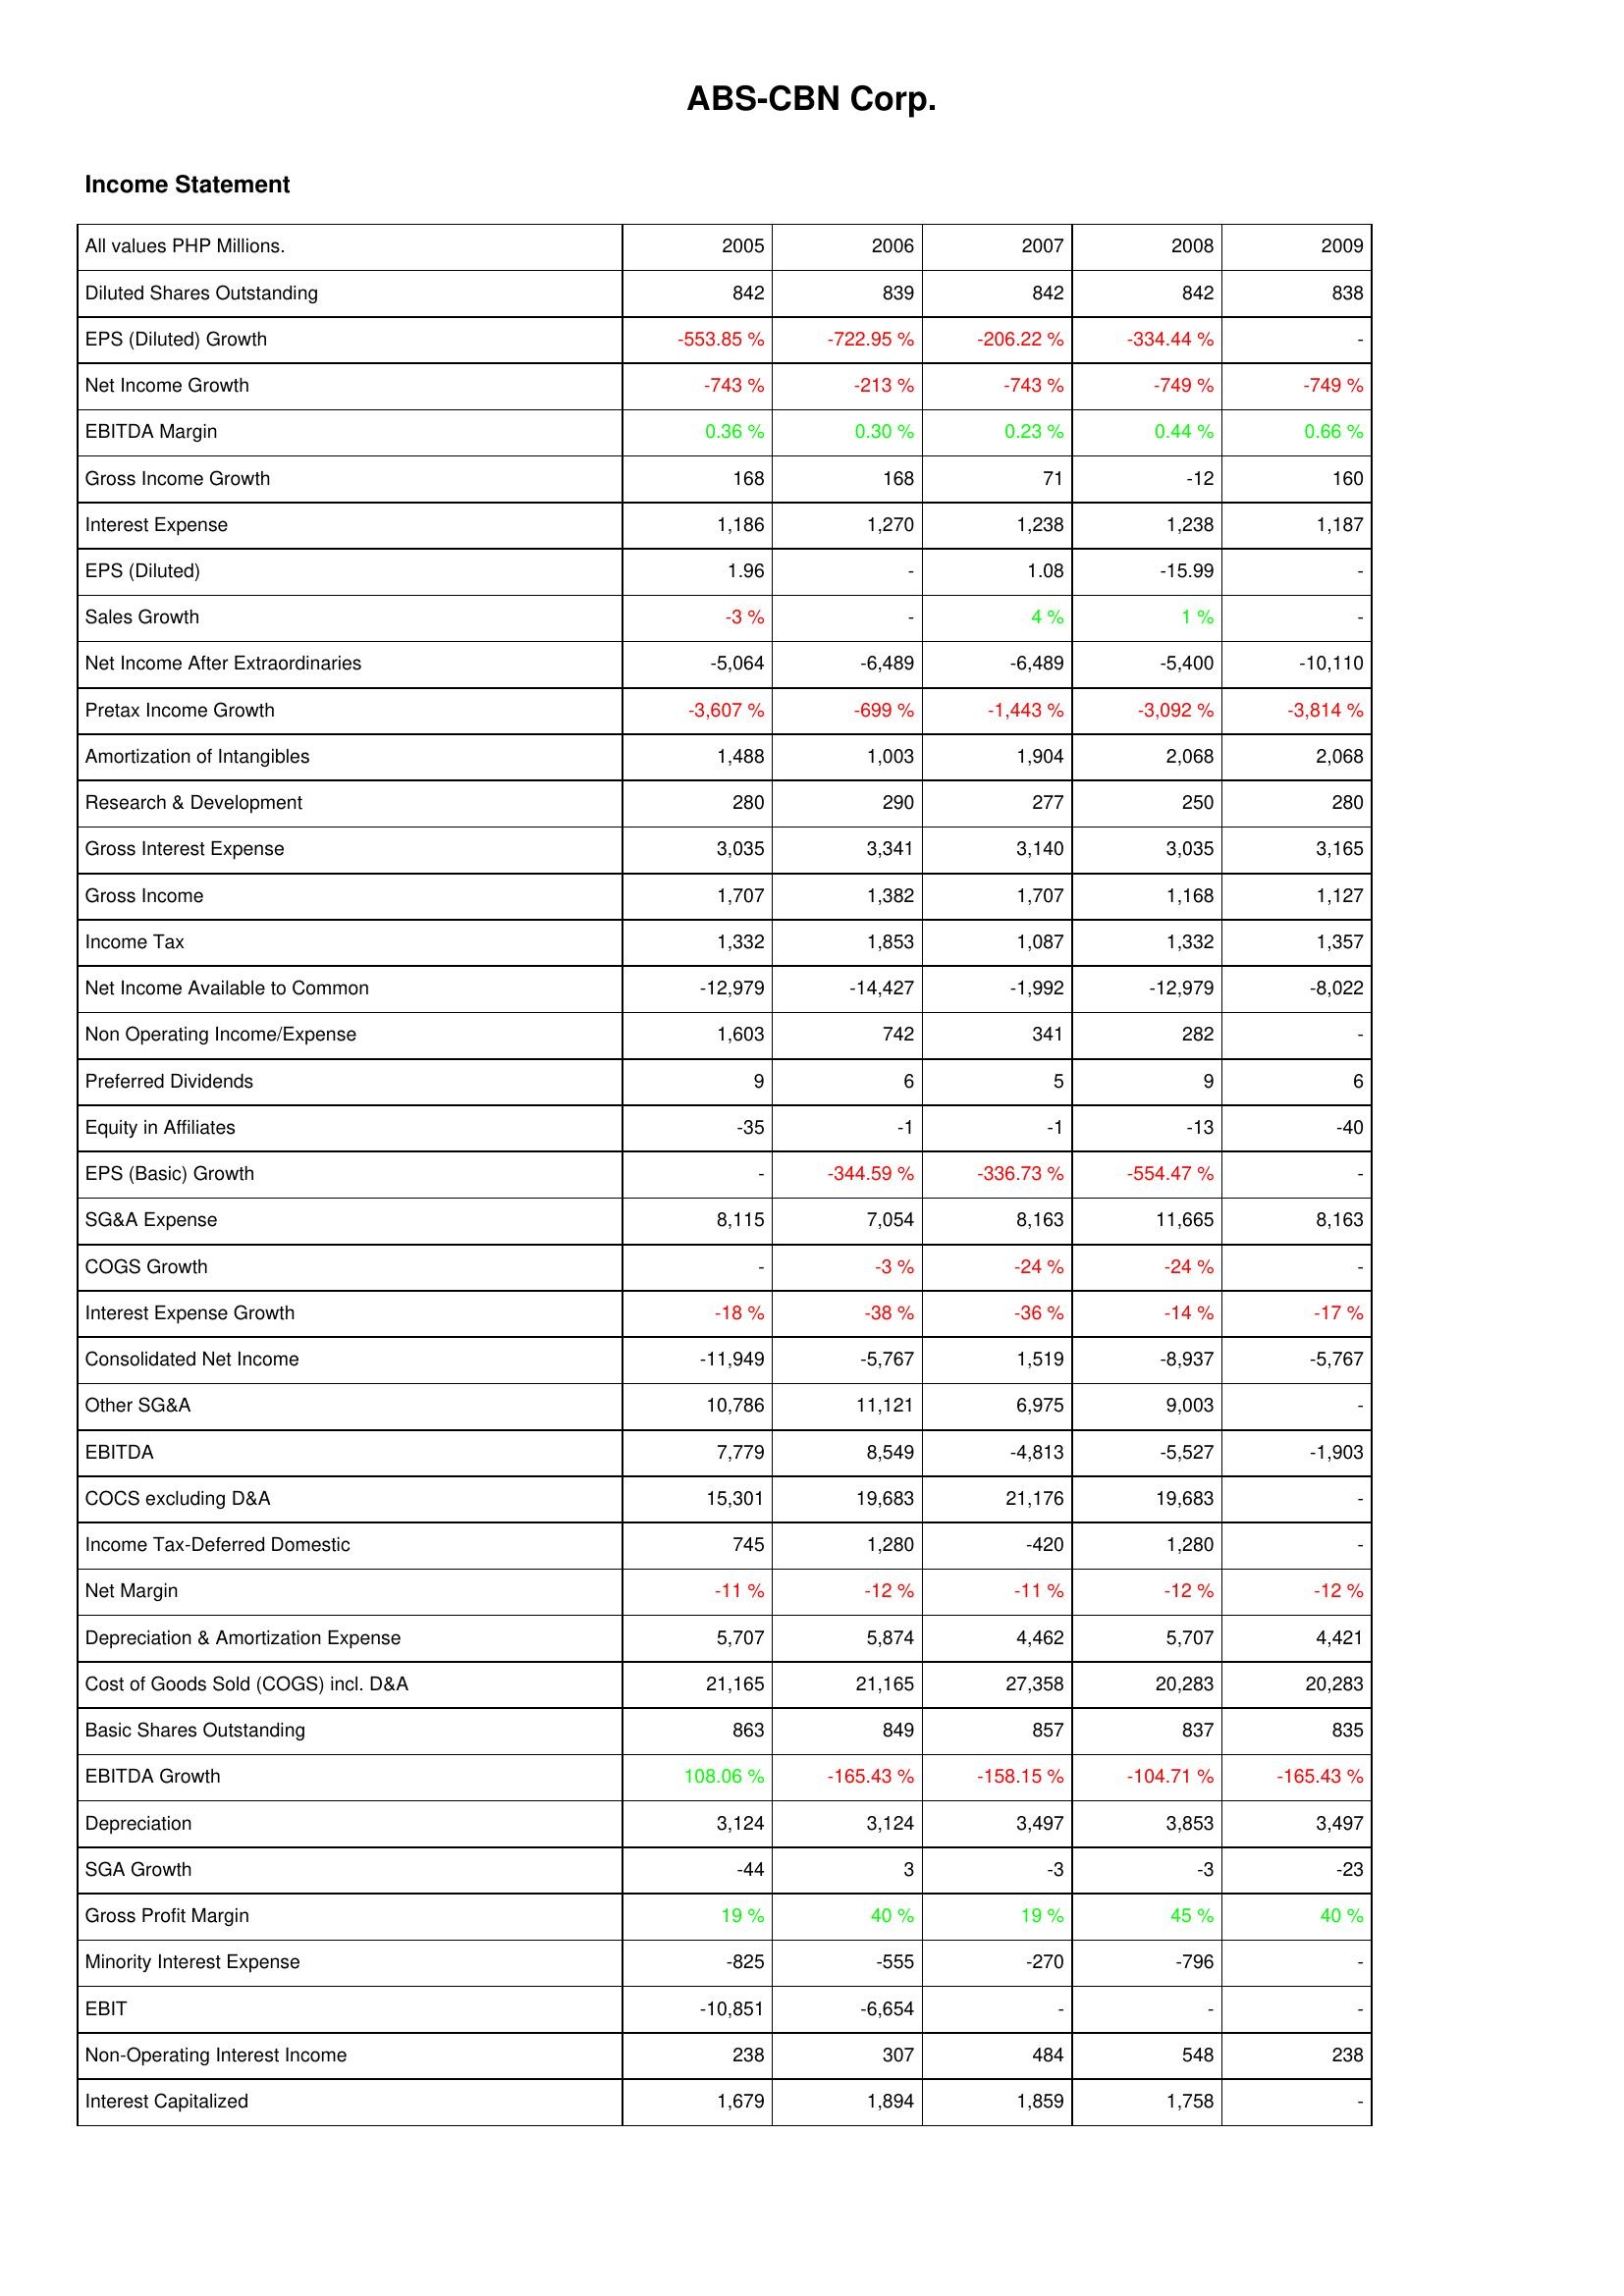
2005: Income Statement: Diluted Shares Outstanding: 842
EPS (Diluted) Growth: -553.85 %
Net Income Growth: -743 %
EBITDA Margin: 0.36 %
Gross Income Growth: 168
Interest Expense: 1,186
EPS (Diluted): 1.96
Sales Growth: -3 %
Net Income After Extraordinaries: -5,064
Pretax Income Growth: -3,607 %
Amortization of Intangibles: 1,488
Research & Development: 280
Gross Interest Expense: 3,035
Gross Income: 1,707
Income Tax: 1,332
Net Income Available to Common: -12,979
Non Operating Income/Expense: 1,603
Preferred Dividends: 9
Equity in Affiliates: -35
EPS (Basic) Growth: -
SG&A Expense: 8,115
COGS Growth: -
Interest Expense Growth: -18 %
Consolidated Net Income: -11,949
Other SG&A: 10,786
EBITDA: 7,779
COCS excluding D&A: 15,301
Income Tax-Deferred Domestic: 745
Net Margin: -11 %
Depreciation & Amortization Expense: 5,707
Cost of Goods Sold (COGS) incl. D&A: 21,165
Basic Shares Outstanding: 863
EBITDA Growth: 108.06 %
Depreciation: 3,124
SGA Growth: -44
Gross Profit Margin: 19 %
Minority Interest Expense: -825
EBIT: -10,851
Non-Operating Interest Income: 238
Interest Capitalized: 1,679
2006: Income Statement: Diluted Shares Outstanding: 839
EPS (Diluted) Growth: -722.95 %
Net Income Growth: -213 %
EBITDA Margin: 0.30 %
Gross Income Growth: 168
Interest Expense: 1,270
EPS (Diluted): -
Sales Growth: -
Net Income After Extraordinaries: -6,489
Pretax Income Growth: -699 %
Amortization of Intangibles: 1,003
Research & Development: 290
Gross Interest Expense: 3,341
Gross Income: 1,382
Income Tax: 1,853
Net Income Available to Common: -14,427
Non Operating Income/Expense: 742
Preferred Dividends: 6
Equity in Affiliates: -1
EPS (Basic) Growth: -344.59 %
SG&A Expense: 7,054
COGS Growth: -3 %
Interest Expense Growth: -38 %
Consolidated Net Income: -5,767
Other SG&A: 11,121
EBITDA: 8,549
COCS excluding D&A: 19,683
Income Tax-Deferred Domestic: 1,280
Net Margin: -12 %
Depreciation & Amortization Expense: 5,874
Cost of Goods Sold (COGS) incl. D&A: 21,165
Basic Shares Outstanding: 849
EBITDA Growth: -165.43 %
Depreciation: 3,124
SGA Growth: 3
Gross Profit Margin: 40 %
Minority Interest Expense: -555
EBIT: -6,654
Non-Operating Interest Income: 307
Interest Capitalized: 1,894
2007: Income Statement: Diluted Shares Outstanding: 842
EPS (Diluted) Growth: -206.22 %
Net Income Growth: -743 %
EBITDA Margin: 0.23 %
Gross Income Growth: 71
Interest Expense: 1,238
EPS (Diluted): 1.08
Sales Growth: 4 %
Net Income After Extraordinaries: -6,489
Pretax Income Growth: -1,443 %
Amortization of Intangibles: 1,904
Research & Development: 277
Gross Interest Expense: 3,140
Gross Income: 1,707
Income Tax: 1,087
Net Income Available to Common: -1,992
Non Operating Income/Expense: 341
Preferred Dividends: 5
Equity in Affiliates: -1
EPS (Basic) Growth: -336.73 %
SG&A Expense: 8,163
COGS Growth: -24 %
Interest Expense Growth: -36 %
Consolidated Net Income: 1,519
Other SG&A: 6,975
EBITDA: -4,813
COCS excluding D&A: 21,176
Income Tax-Deferred Domestic: -420
Net Margin: -11 %
Depreciation & Amortization Expense: 4,462
Cost of Goods Sold (COGS) incl. D&A: 27,358
Basic Shares Outstanding: 857
EBITDA Growth: -158.15 %
Depreciation: 3,497
SGA Growth: -3
Gross Profit Margin: 19 %
Minority Interest Expense: -270
EBIT: -
Non-Operating Interest Income: 484
Interest Capitalized: 1,859
2008: Income Statement: Diluted Shares Outstanding: 842
EPS (Diluted) Growth: -334.44 %
Net Income Growth: -749 %
EBITDA Margin: 0.44 %
Gross Income Growth: -12
Interest Expense: 1,238
EPS (Diluted): -15.99
Sales Growth: 1 %
Net Income After Extraordinaries: -5,400
Pretax Income Growth: -3,092 %
Amortization of Intangibles: 2,068
Research & Development: 250
Gross Interest Expense: 3,035
Gross Income: 1,168
Income Tax: 1,332
Net Income Available to Common: -12,979
Non Operating Income/Expense: 282
Preferred Dividends: 9
Equity in Affiliates: -13
EPS (Basic) Growth: -554.47 %
SG&A Expense: 11,665
COGS Growth: -24 %
Interest Expense Growth: -14 %
Consolidated Net Income: -8,937
Other SG&A: 9,003
EBITDA: -5,527
COCS excluding D&A: 19,683
Income Tax-Deferred Domestic: 1,280
Net Margin: -12 %
Depreciation & Amortization Expense: 5,707
Cost of Goods Sold (COGS) incl. D&A: 20,283
Basic Shares Outstanding: 837
EBITDA Growth: -104.71 %
Depreciation: 3,853
SGA Growth: -3
Gross Profit Margin: 45 %
Minority Interest Expense: -796
EBIT: -
Non-Operating Interest Income: 548
Interest Capitalized: 1,758
2009: Income Statement: Diluted Shares Outstanding: 838
EPS (Diluted) Growth: -
Net Income Growth: -749 %
EBITDA Margin: 0.66 %
Gross Income Growth: 160
Interest Expense: 1,187
EPS (Diluted): -
Sales Growth: -
Net Income After Extraordinaries: -10,110
Pretax Income Growth: -3,814 %
Amortization of Intangibles: 2,068
Research & Development: 280
Gross Interest Expense: 3,165
Gross Income: 1,127
Income Tax: 1,357
Net Income Available to Common: -8,022
Non Operating Income/Expense: -
Preferred Dividends: 6
Equity in Affiliates: -40
EPS (Basic) Growth: -
SG&A Expense: 8,163
COGS Growth: -
Interest Expense Growth: -17 %
Consolidated Net Income: -5,767
Other SG&A: -
EBITDA: -1,903
COCS excluding D&A: -
Income Tax-Deferred Domestic: -
Net Margin: -12 %
Depreciation & Amortization Expense: 4,421
Cost of Goods Sold (COGS) incl. D&A: 20,283
Basic Shares Outstanding: 835
EBITDA Growth: -165.43 %
Depreciation: 3,497
SGA Growth: -23
Gross Profit Margin: 40 %
Minority Interest Expense: -
EBIT: -
Non-Operating Interest Income: 238
Interest Capitalized: -